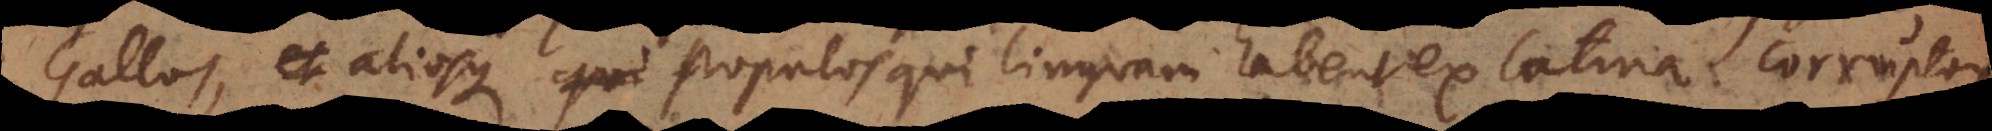
Gallos, aliosque populos qui linguam habent ex latina corruptam